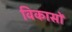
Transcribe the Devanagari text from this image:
विकासों